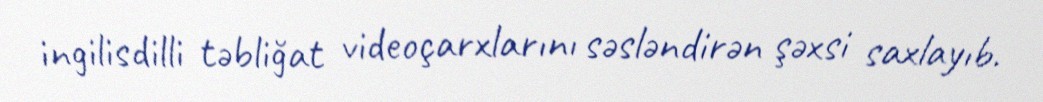
ingilisdilli təbliğat videoçarxlarını səsləndirən şəxsi saxlayıb.